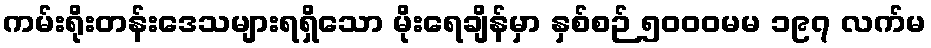
ကမ်းရိုးတန်းဒေသများရရှိသော မိုးရေချိန်မှာ နှစ်စဉ် ၅၀၀၀မမ ၁၉၇ လက်မ